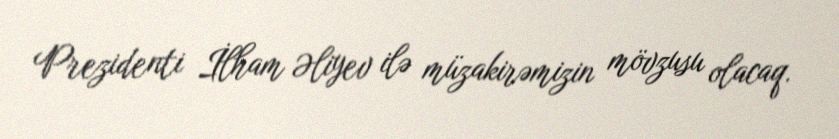
Prezidenti İlham Əliyev ilə müzakirəmizin mövzusu olacaq.